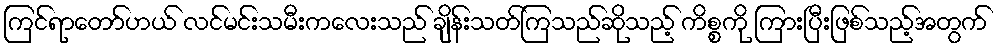
ကြင်ရာတော်ဟယ် လင်မင်းသမီးကလေးသည် ချိန်းသတ်ကြသည်ဆိုသည့် ကိစ္စကို ကြားပြီးဖြစ်သည့်အတွက်